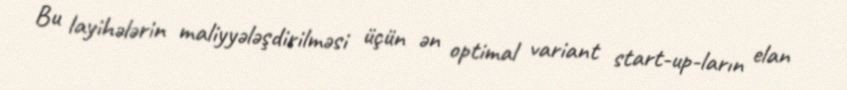
Bu layihələrin maliyyələşdirilməsi üçün ən optimal variant start-up-ların elan